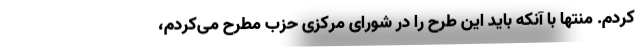
کردم. منتها با آنکه باید این طرح را در شورای مرکزی حزب مطرح می‌کردم،